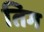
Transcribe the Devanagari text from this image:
तिग